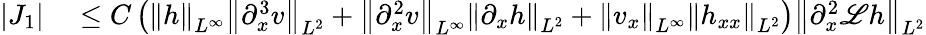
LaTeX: \begin{array}{rl}{|J_{1}|}&{{}\leq C\left(\left\| h\right\| _{L^{\infty}}\left\| \partial_{x}^{3}v\right\| _{L^{2}}+\left\| \partial_{x}^{2}v\right\| _{L^{\infty}}\left\| \partial_{x}h\right\| _{L^{2}}+\left\| v_{x}\right\| _{L^{\infty}}\left\| h_{xx}\right\| _{L^{2}}\right)\left\| \partial_{x}^{2}\mathscr{L}h\right\| _{L^{2}}}\end{array}